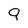
Character: 9